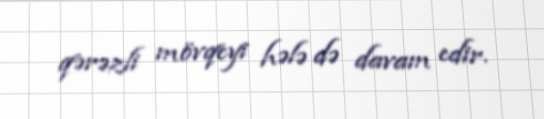
qərəzli mövqeyi hələ də davam edir.